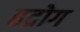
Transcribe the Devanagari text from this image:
हद्रोग